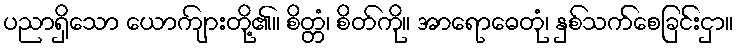
ပညာရှိသော ယောကျ်ားတို့၏။ စိတ္တံ၊ စိတ်ကို။ အာရောဓေတုံ၊ နှစ်သက်စေခြင်းငှာ။